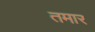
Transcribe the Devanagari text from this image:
तमार